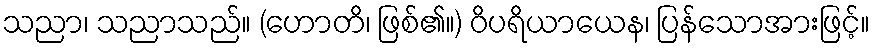
သညာ၊ သညာသည်။ (ဟောတိ၊ ဖြစ်၏။) ဝိပရိယာယေန၊ ပြန်သောအားဖြင့်။